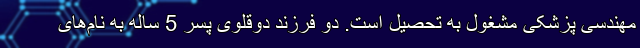
مهندسی پزشکی مشغول به تحصیل است. دو فرزند دوقلوی پسر 5 ساله به نام‌های